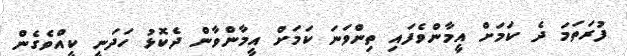
ފުރަތަމަ ދެ ކަމަށް އީމާންވެފައި ތިންވަނަ ކަމަށް އީމާންވާން ދެކޮޅު ހަދަނީ ކީއްވެގެން